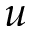
u